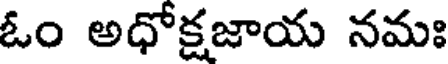
ఓం అధోక్షజాయ నమః